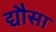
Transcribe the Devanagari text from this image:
द्यौसा